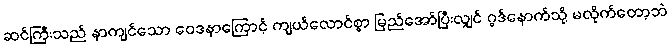
ဆင်ကြီးသည် နာကျင်သော ဝေဒနာကြောင့် ကျယ်လောင်စွာ မြည်အော်ပြီးလျှင် ဂွဒ်နောက်သို့ မလိုက်တော့ဘဲ